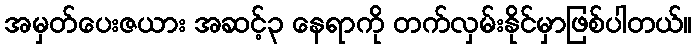
အမှတ်ပေးဇယား အဆင့်၃ နေရာကို တက်လှမ်းနိုင်မှာဖြစ်ပါတယ်။